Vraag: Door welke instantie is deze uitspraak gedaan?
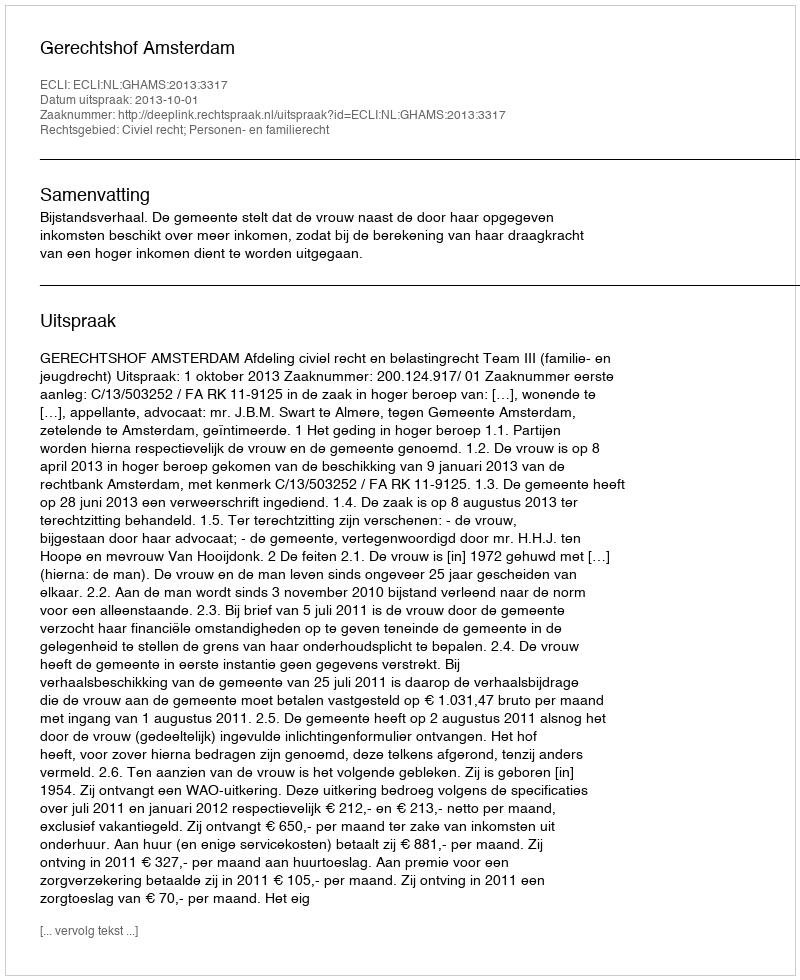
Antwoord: Gerechtshof Amsterdam